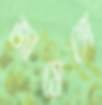
জায়েঙ্গে